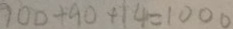
9 0 0 + 9 0 + 1 4 = 1 0 0 0